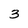
Character: 3